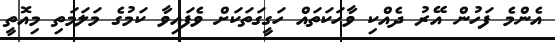
އެންމެ ފަހުން އޭރު ދެއްކި ވާހަކަތައް ހަގީގަތަކަށް ވެފައިވާ ކަމުގެ މަލަމަތި މިއޮތީ